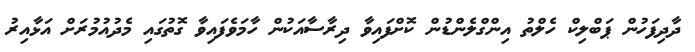
ދާދިފަހުން ޕަބްލިކް ހެލްތު އިންގްލެންޑުން ކޮށްފައިވާ ދިރާސާއަކުން ހާމަވެފައިވާ ގޮތުގައި މެދުއުމުރަށް އަޅާއިރު